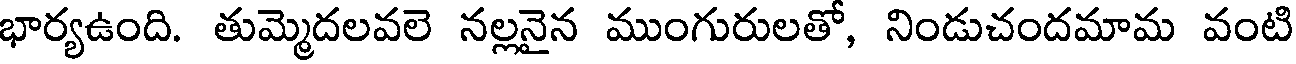
భార్యఉంది. తుమ్మెదలవలె నల్లనైన ముంగురులతో, నిండుచందమామ వంటి